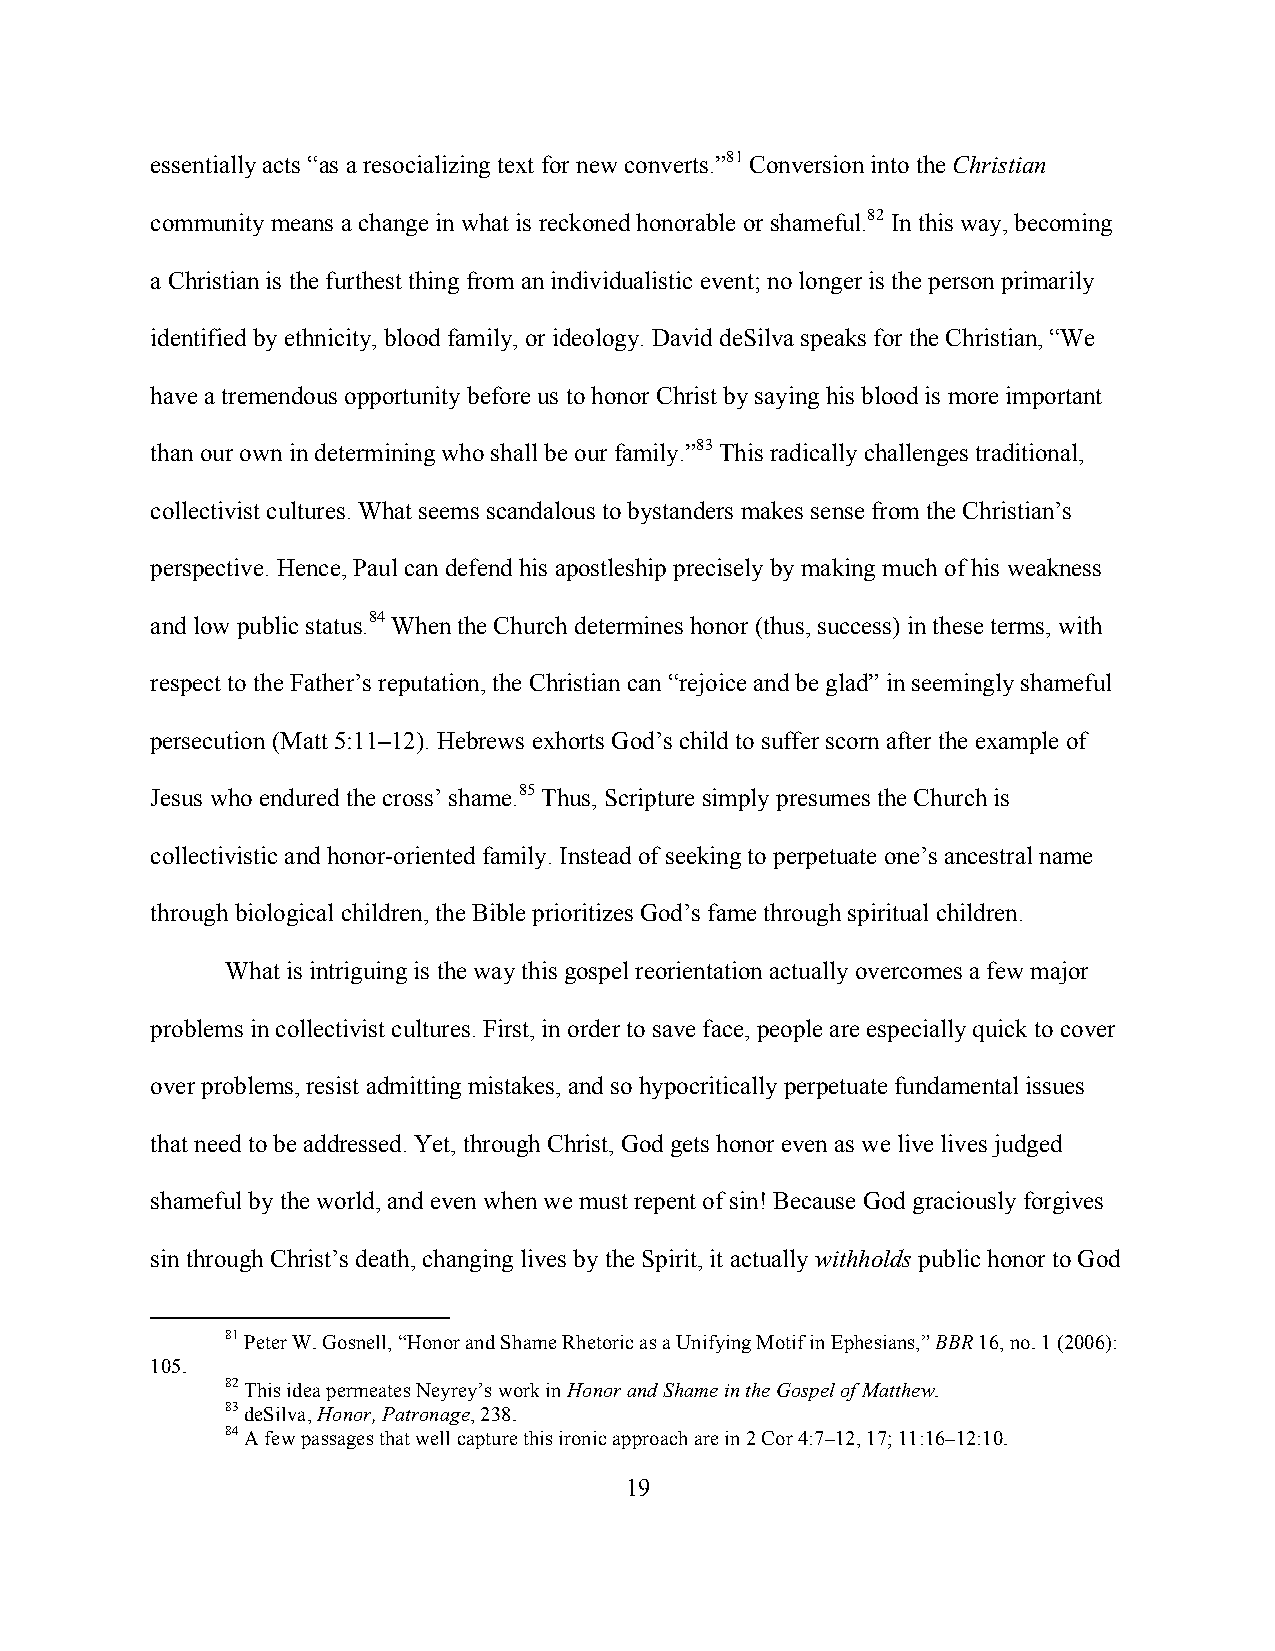
essentially acts “as a resocializing text for new converts.”81 Conversion into the Christian
 community means a change in what is reckoned honorable or shameful.82 In this way, becoming
 a Christian is the furthest thing from an individualistic event; no longer is the person primarily
 identified by ethnicity, blood family, or ideology. David deSilva speaks for the Christian, “We
 have a tremendous opportunity before us to honor Christ by saying his blood is more important
 than our own in determining who shall be our family.”83 This radically challenges traditional,
 collectivist cultures. What seems scandalous to bystanders makes sense from the Christian’s
 perspective. Hence, Paul can defend his apostleship precisely by making much of his weakness
 and low public status.84 When the Church determines honor (thus, success) in these terms, with
 respect to the Father’s reputation, the Christian can “rejoice and be glad” in seemingly shameful
 persecution (Matt 5:11–12). Hebrews exhorts God’s child to suffer scorn after the example of
 Jesus who endured the cross’ shame.85 Thus, Scripture simply presumes the Church is
 collectivistic and honor-oriented family. Instead of seeking to perpetuate one’s ancestral name
 through biological children, the Bible prioritizes God’s fame through spiritual children.
 What is intriguing is the way this gospel reorientation actually overcomes a few major
 problems in collectivist cultures. First, in order to save face, people are especially quick to cover
 over problems, resist admitting mistakes, and so hypocritically perpetuate fundamental issues
 that need to be addressed. Yet, through Christ, God gets honor even as we live lives judged
 shameful by the world, and even when we must repent of sin! Because God graciously forgives
 sin through Christ’s death, changing lives by the Spirit, it actually withholds public honor to God
 81 Peter W. Gosnell, “Honor and Shame Rhetoric as a Unifying Motif in Ephesians,” BBR 16, no. 1 (2006):
 105.
 82 This idea permeates Neyrey’s work in Honor and Shame in the Gospel of Matthew.
 83 deSilva, Honor, Patronage, 238.
 84 A few passages that well capture this ironic approach are in 2 Cor 4:7–12, 17; 11:16–12:10.
 19